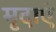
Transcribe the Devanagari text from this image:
मृदाएं